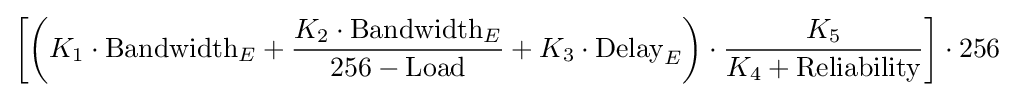
{\bigg [}{\bigg (}K_{1}\cdot {\text{Bandwidth}}_{E}+{\frac {K_{2}\cdot {\text{Bandwidth}}_{E}}{256-{\text{Load}}}}+K_{3}\cdot {\text{Delay}}_{E}{\bigg )}\cdot {\frac {K_{5}}{K_{4}+{\text{Reliability}}}}{\bigg ]}\cdot 256